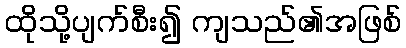
ထိုသို့ပျက်စီး၍ ကျသည်၏အဖြစ်